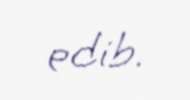
edib.